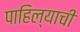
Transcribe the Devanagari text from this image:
पाहिल्याची